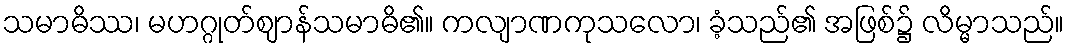
သမာဓိဿ၊ မဟဂ္ဂုတ်ဈာန်သမာဓိ၏။ ကလျာဏကုသလော၊ ခံ့သည်၏ အဖြစ်၌ လိမ္မာသည်။